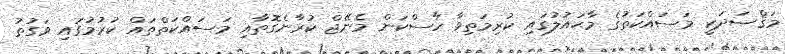
މަޤްޞަދަކީ މަސައްކަތުގެ މާޙައުލުގައި ކުރިމަތިވާ ހާސްކަން މެނޭޖް ކުރާނެގޮތާއި މަސައްކަތްތައް ކުރުމުގައި ވަގުތު